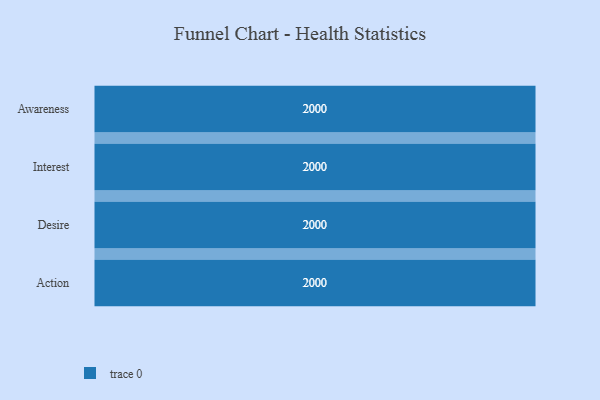
{"axis": {"x": "Stage", "y": "Value"}, "legend": [""], "data": [{"x": "Awareness", "y": 2000, "type": ""}, {"x": "Interest", "y": 2000, "type": ""}, {"x": "Desire", "y": 2000, "type": ""}, {"x": "Action", "y": 2000, "type": ""}]}